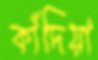
কাঁদিয়া